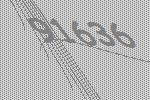
91636